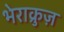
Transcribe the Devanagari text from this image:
भेराक्रुज़